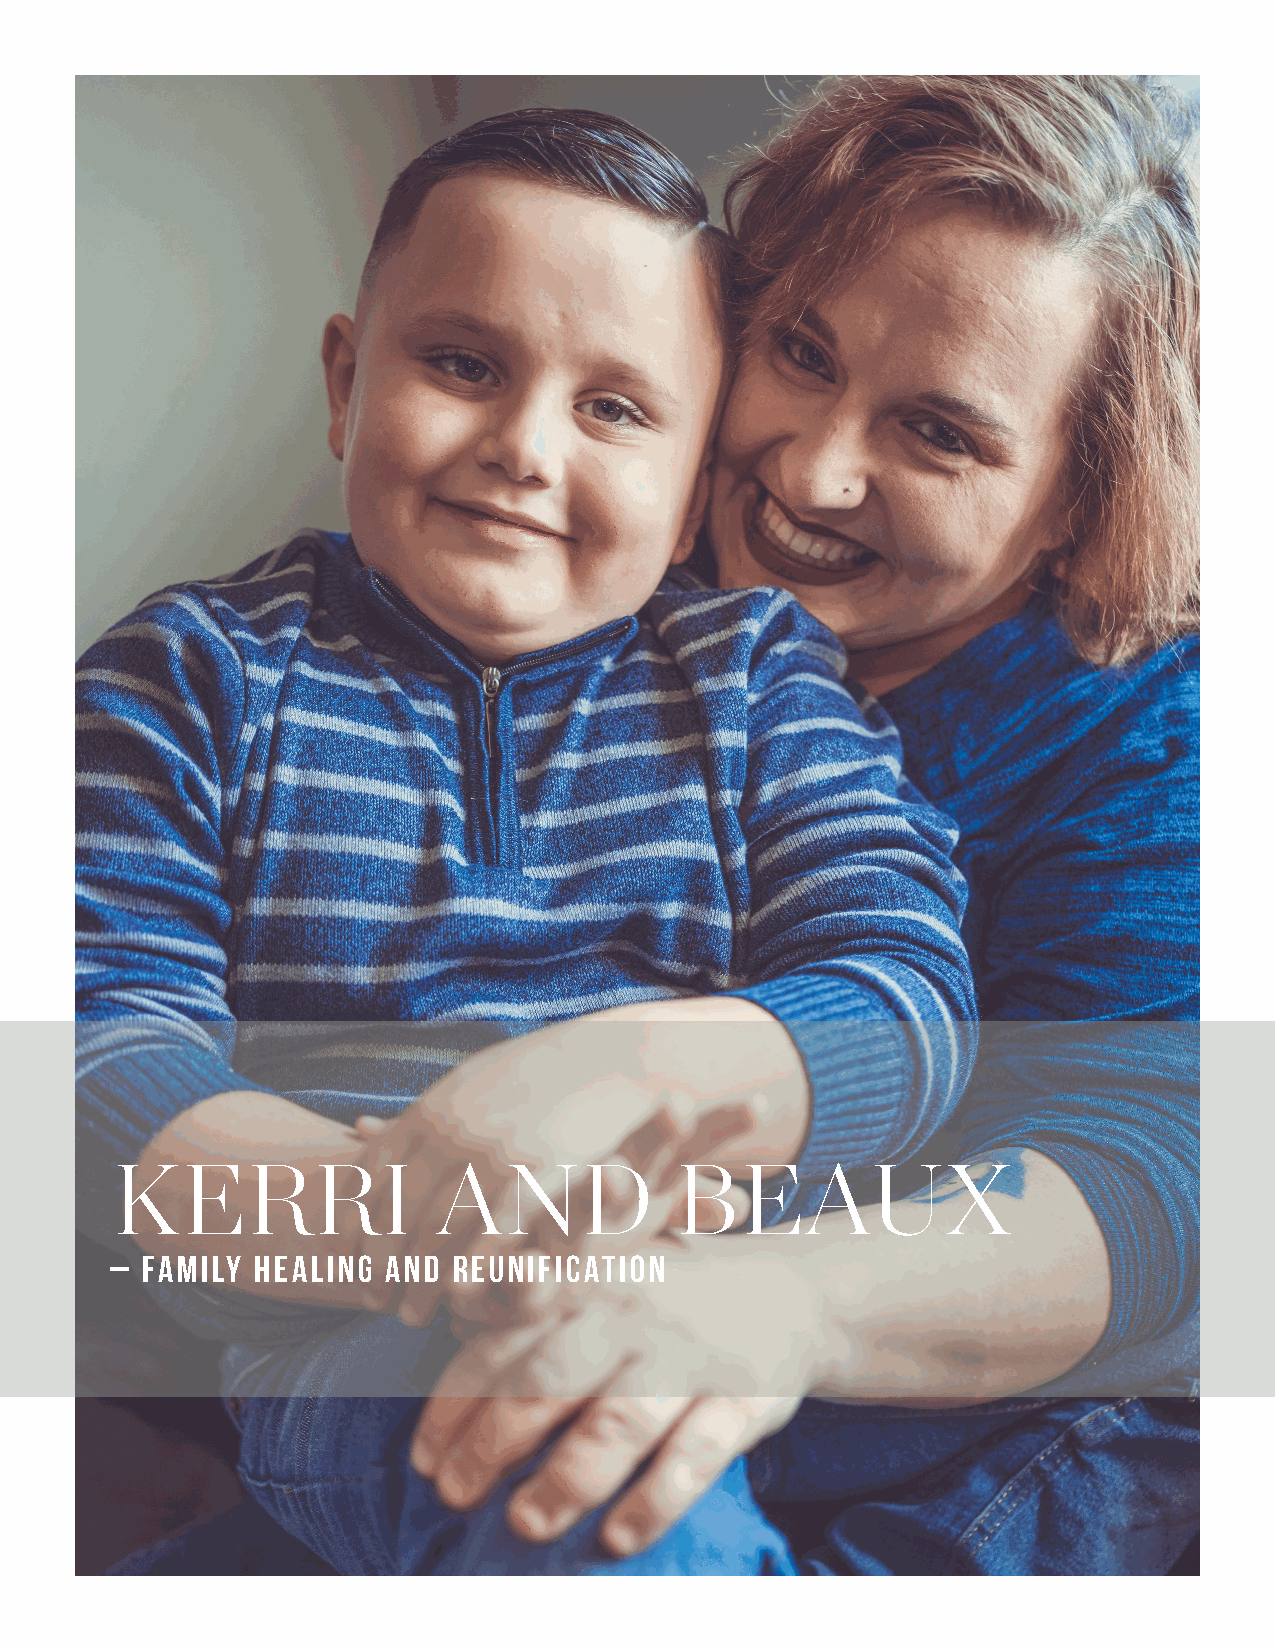
KERRI                 AND             BEAUX
 – Family  Healing  and Reunification